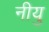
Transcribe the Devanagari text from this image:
नीयु